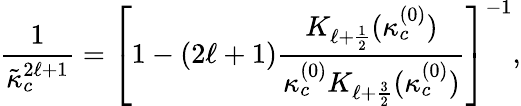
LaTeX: \frac{1}{\tilde{\kappa}_{c}^{2\ell+1}}=\left[1-(2\ell+1)\frac{K_{\ell+\frac{1}{2}}(\kappa_{c}^{(0)})}{\kappa_{c}^{(0)}K_{\ell+\frac{3}{2}}(\kappa_{c}^{(0)})}\right]^{-1},